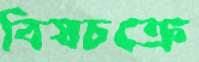
বিষচক্রে